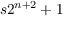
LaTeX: s 2 ^ { n + 2 } + 1